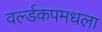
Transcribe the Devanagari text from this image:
वर्ल्डकपमधला